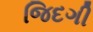
જિદગી